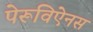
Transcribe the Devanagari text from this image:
पेरूविऐनस